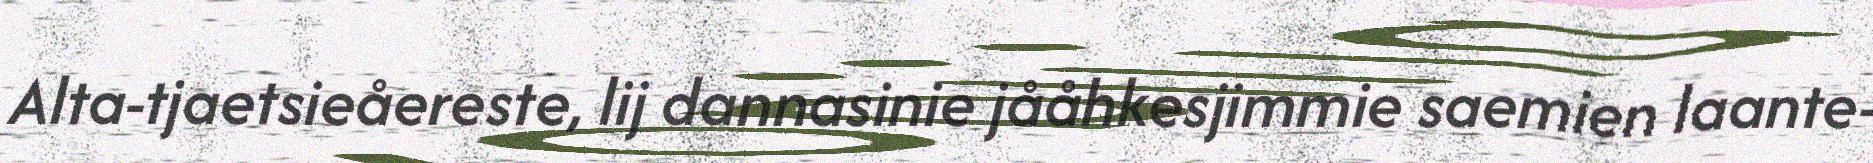
Alta-tjaetsieåereste, lij dannasinie jååhkesjimmie saemien laante-